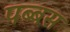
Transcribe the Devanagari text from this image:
पब्बस